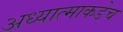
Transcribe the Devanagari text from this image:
अध्यात्माकडेच